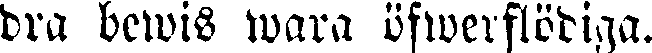
dra bewis wara öfwerflödiga.